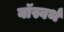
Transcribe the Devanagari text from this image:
बॉस्वर्थ